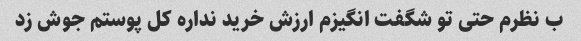
ب نظرم حتی تو شگفت انگیزم ارزش خرید نداره کل پوستم جوش زد